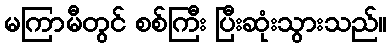
မကြာမီတွင် စစ်ကြီး ပြီးဆုံးသွားသည်။